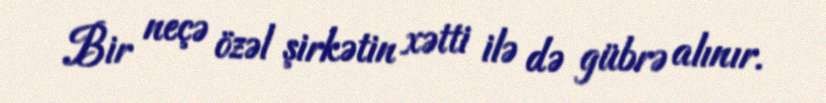
Bir neçə özəl şirkətin xətti ilə də gübrə alınır.